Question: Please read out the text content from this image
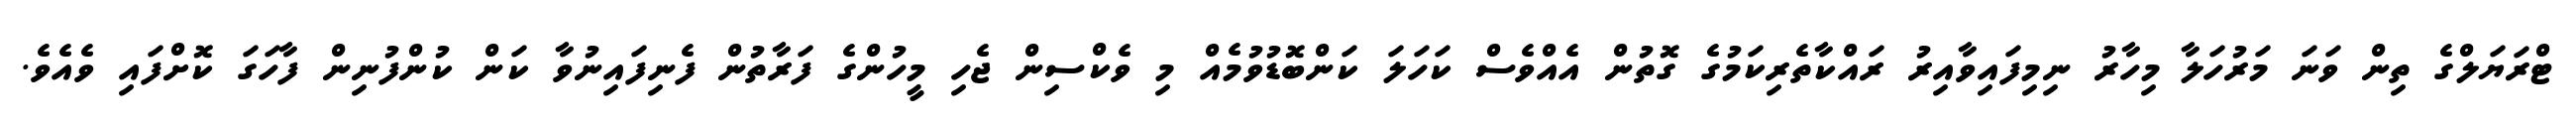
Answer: ޓްރަޔަލްގެ ތިން ވަނަ މަރުހަލާ މިހާރު ނިމިފައިވާއިރު ރައްކާތެރިކަމުގެ ގޮތުން އެއްވެސް ކަހަލަ ކަންބޮޑުވުމެއް މި ވެކްސިން ޖެހި މީހުންގެ ފަރާތުން ފެނިފައިނުވާ ކަން ކުންފުނިން ފާހަގަ ކޮށްފައި ވެއެވެ.